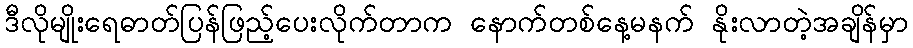
ဒီလိုမျိုးရေဓာတ်ပြန်ဖြည့်ပေးလိုက်တာက နောက်တစ်နေ့မနက် နိုးလာတဲ့အချိန်မှာ